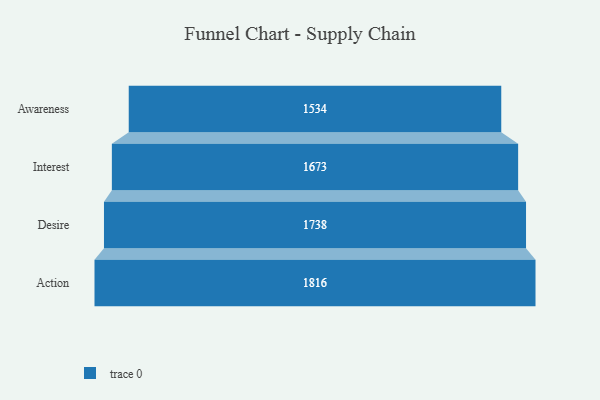
{"axis": {"x": "Stage", "y": "Value"}, "legend": [""], "data": [{"x": "Awareness", "y": 1534.0, "type": ""}, {"x": "Interest", "y": 1673.0, "type": ""}, {"x": "Desire", "y": 1738.0, "type": ""}, {"x": "Action", "y": 1816.0, "type": ""}]}